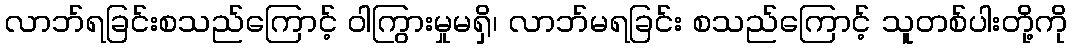
လာဘ်ရခြင်းစသည်ကြောင့် ဝါကြွားမှုမရှိ၊ လာဘ်မရခြင်း စသည်ကြောင့် သူတစ်ပါးတို့ကို